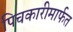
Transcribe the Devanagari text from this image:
पिचकारीमार्फत